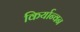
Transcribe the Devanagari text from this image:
किर्यान्वन